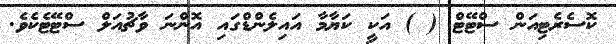
ކޮސެރެޓިއަން ސްޓޭޓް ( ) އަކީ ކަޔާމާ އައިލެންޑްގައި އޮންނަ ވާޗުއަލް ސްޓޭޓެކެވެ.